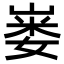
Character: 𪩇